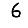
Digit: 6